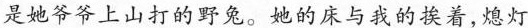
是她爷爷上山打的野兔。她的床与我的挨着,熄灯